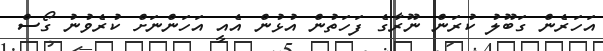
އަހަރެން ގަބޫލު ކުރަން ނޫރާގެ ފަހަތުން އުޅުން އެއީ އަހަންނަށް ކުރެވުނު ގޯސް